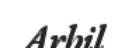
Arbil